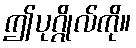
ဤပုဂ္ဂိုလ်ကို။